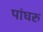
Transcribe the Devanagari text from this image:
पांघरु